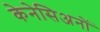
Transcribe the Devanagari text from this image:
केनेसिअनों